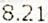
8.21